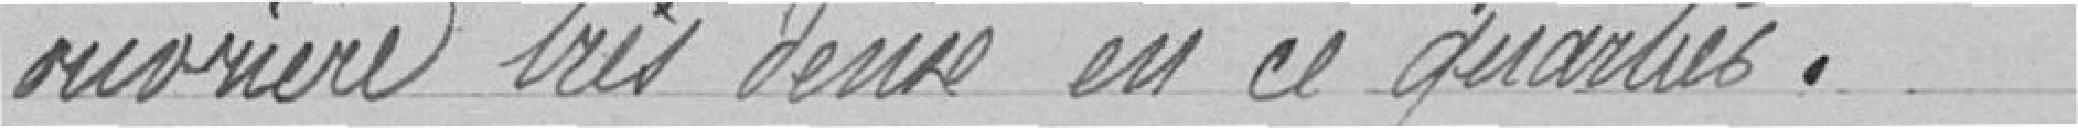
ouvrière très dense en ce quartier.